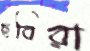
ছবিরা